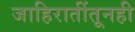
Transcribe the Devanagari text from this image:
जाहिरातींतूनही